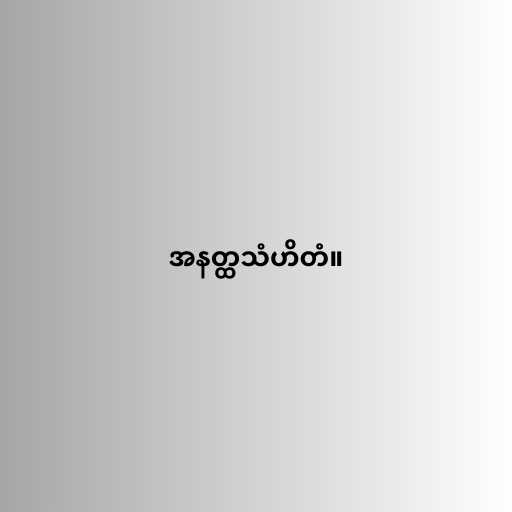
အနတ္ထသံဟိတံ။